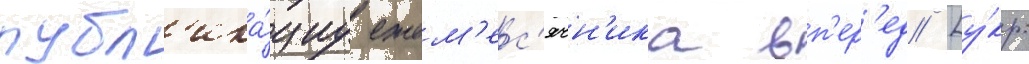
публ'ика́циу ежем'ес'ячн'ика вп'ер'ед [у́кр.